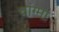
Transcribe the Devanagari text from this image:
चांग्मा